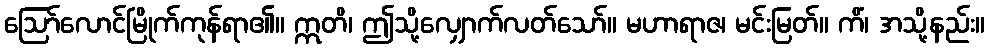
ဩော်လောင်မြိုက်ကုန်ရာ၏။ ဣတိ၊ ဤသို့လျှောက်လတ်သော်။ မဟာရာဇ၊ မင်းမြတ်။ ကိံ၊ အသို့နည်း။